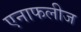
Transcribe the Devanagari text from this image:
एनाफलीज